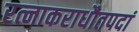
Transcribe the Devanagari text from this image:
रत्नाकराधौतपदां